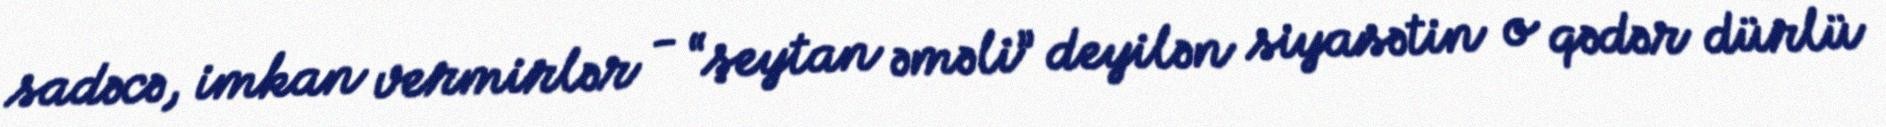
sadəcə, imkan vermirlər - “şeytan əməli” deyilən siyasətin o qədər dürlü